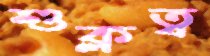
শুক্লত্ব